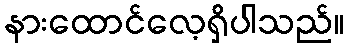
နားထောင်လေ့ရှိပါသည်။